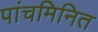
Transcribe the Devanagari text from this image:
पांचमिनित